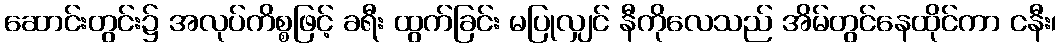
ဆောင်းတွင်း၌ အလုပ်ကိစ္စဖြင့် ခရီး ထွက်ခြင်း မပြုလျှင် နီကိုလေသည် အိမ်တွင်နေထိုင်ကာ ငနီး၊